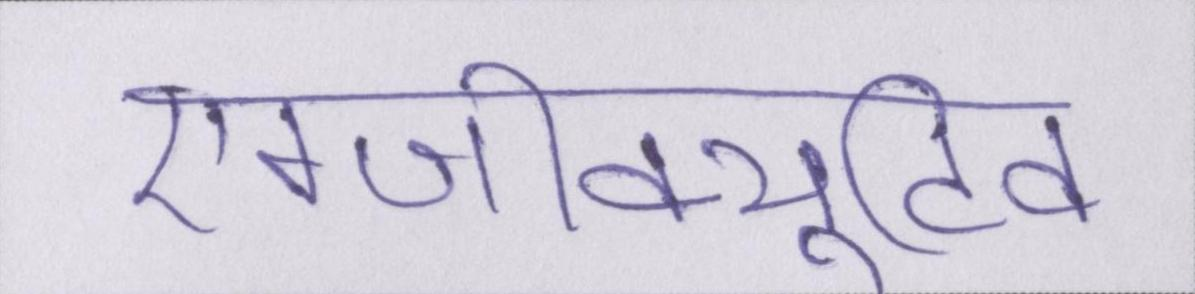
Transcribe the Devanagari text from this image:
एग्जीक्यूटिव